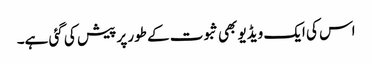
اس کی ایک ویڈیو بھی ثبوت کے طور پر پیش کی گئی ہے۔